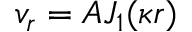
v _ { r } = A J _ { 1 } ( \kappa r )